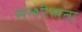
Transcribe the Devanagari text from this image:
सत्शीलता